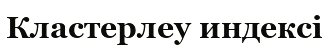
Кластерлеу индексі